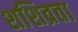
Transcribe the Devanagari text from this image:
शशिव्रता